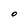
Character: O